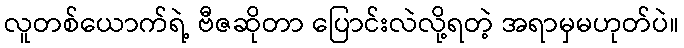
လူတစ်ယောက်ရဲ့ ဗီဇဆိုတာ ပြောင်းလဲလို့ရတဲ့ အရာမှမဟုတ်ပဲ။